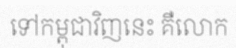
ទៅកម្ពុជាវិញនេះ គឺលោក